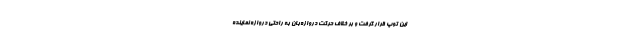
این توپ قرار گرفت و بر خلاف حرکت دروازه‌بان به راحتی دروازه نماینده